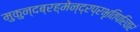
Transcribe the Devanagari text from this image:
मुकुन्दब्रह्मेन्द्रप्रभृतिपरिवारं